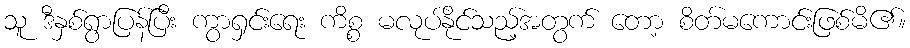
သူ ဒီနှစ်ရွာပြန်ပြီး ကွာရှင်းရေး ကိစ္စ မလုပ်နိုင်သည့်အတွက် တော့ စိတ်မကောင်းဖြစ်မိ၏။